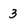
Character: 3